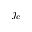
j _ { c }